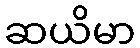
ဆယိမာ